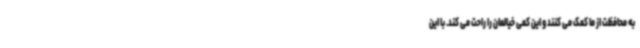
به محافظت از ما کمک می کنند و این کمی خیالمان را راحت می کند. با این